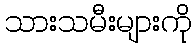
သားသမီးများကို